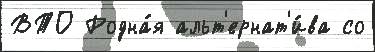
ВТО Родна́я альт'ернат'и́ва со